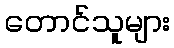
တောင်သူများ